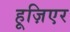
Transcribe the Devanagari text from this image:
हूज़िएर